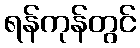
ရန်ကုန်တွင်